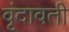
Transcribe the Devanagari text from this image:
वृंदावती